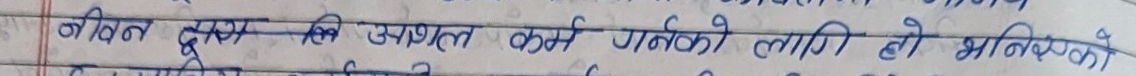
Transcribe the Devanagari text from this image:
जिवन दुखम रहि सफल कम गर्नको लागि हो भविष्यको